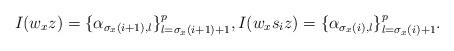
LaTeX: \begin{align*}I(w_{x}z)=\{ \alpha_{\sigma_{x}(i+1), l} \}_{l=\sigma_{x}(i+1)+1}^{p}, I(w_{x}s_{i}z)=\{ \alpha_{\sigma_{x}(i), l} \}_{l=\sigma_{x}(i)+1}^{p}. \end{align*}